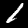
Digit: 1